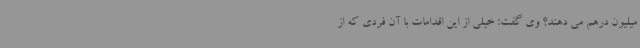
میلیون درهم می دهند؟ وی گفت: خیلی از این اقدامات با آن فردی که از